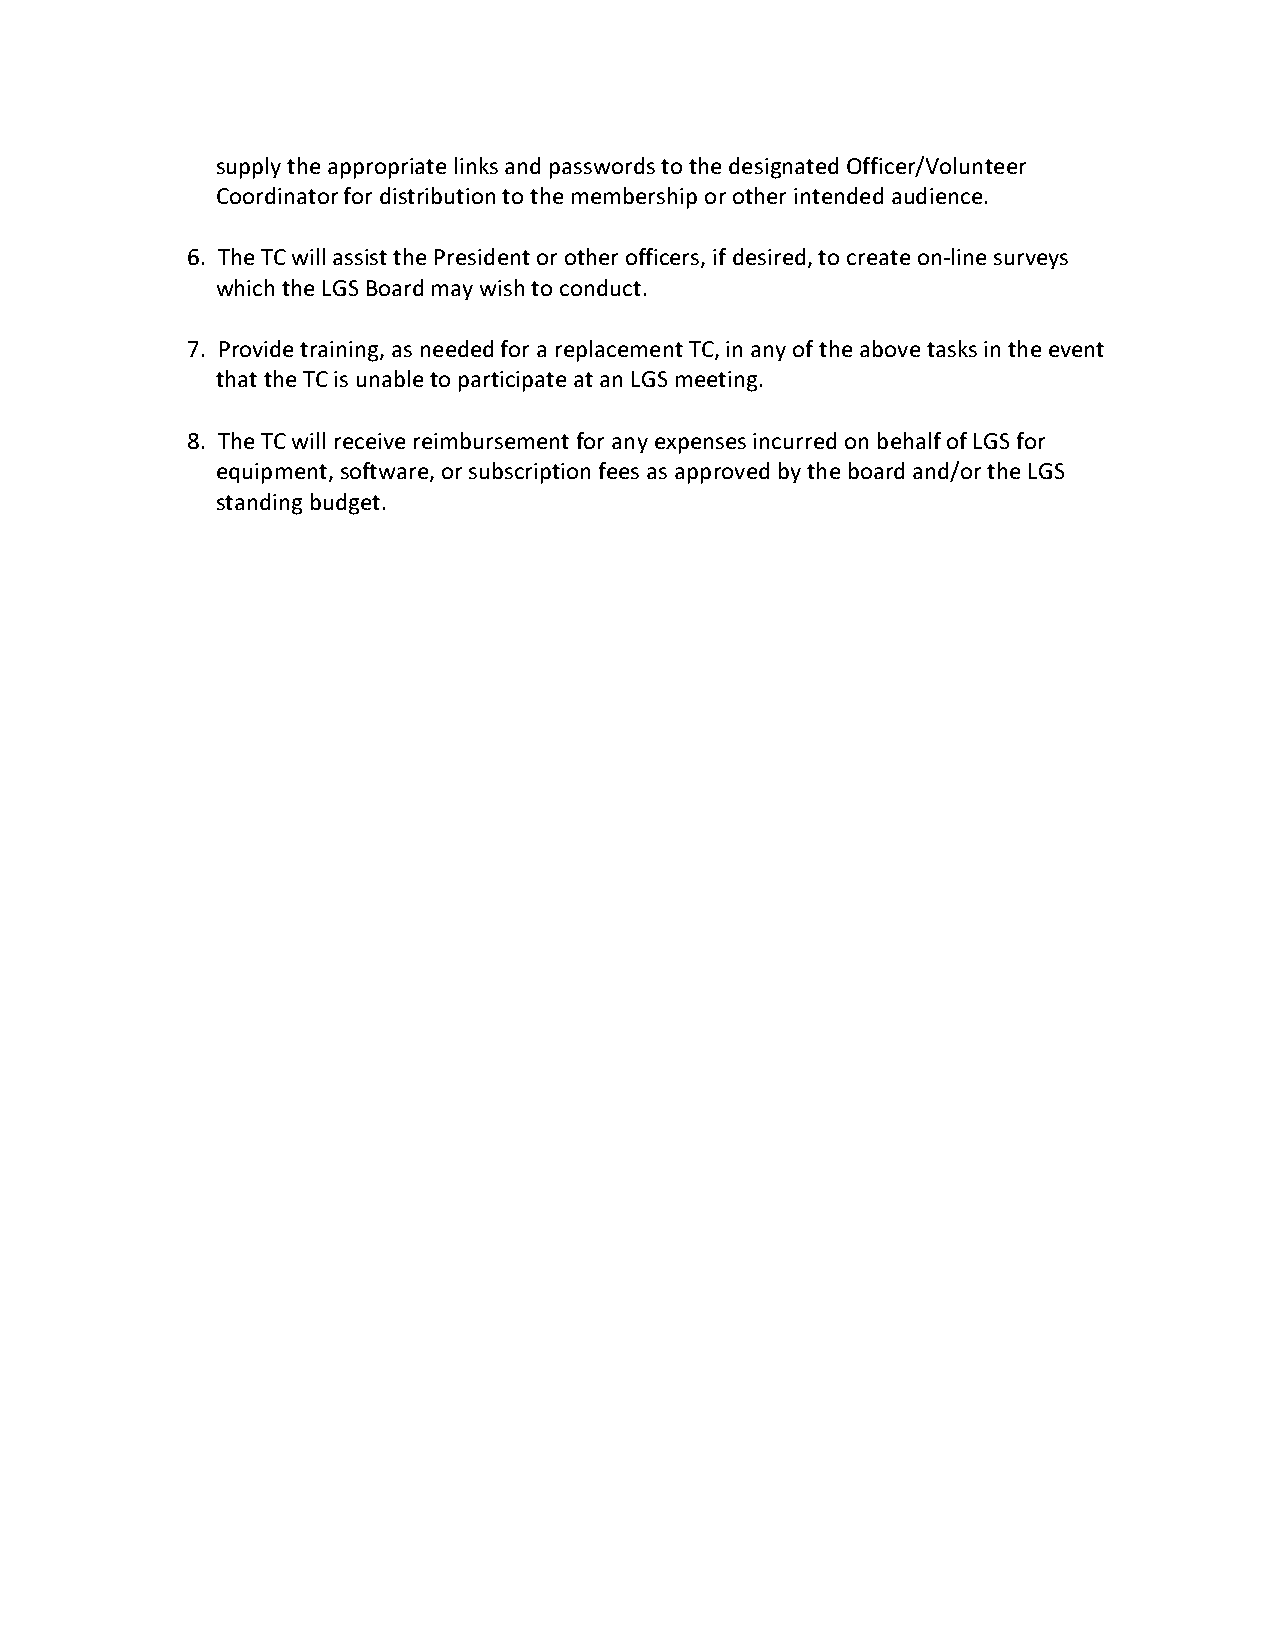
supply the appropriate links and passwords to the designated Officer/Volunteer
 Coordinator for distribution to the membership or other intended audience.
 6. The TC will assist the President or other officers, if desired, to create on-line surveys
 which the LGS Board may wish to conduct.
 7. Provide training, as needed for a replacement TC, in any of the above tasks in the event
 that the TC is unable to participate at an LGS meeting.
 8. The TC will receive reimbursement for any expenses incurred on behalf of LGS for
 equipment, software, or subscription fees as approved by the board and/or the LGS
 standing budget.